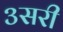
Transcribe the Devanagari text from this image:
३सरी